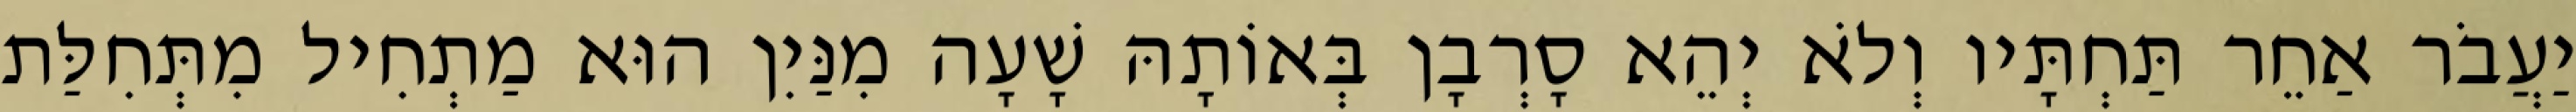
יַעֲבֹר אַחֵר תַּחְתָּיו וְלֹא יְהֵא סָרְבָן בְּאוֹתָהּ שָׁעָה מִנַּיִן הוּא מַתְחִיל מִתְּחִלַּת